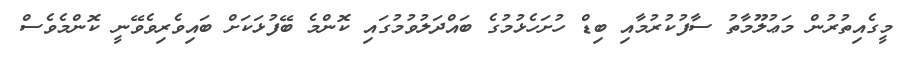
މީގެއިތުރުން މަޢުލޫމާތު ސާފުކުރުމާއި ބިޑް ހުށަހެޅުމުގެ ބައްދަލުވުމުގައި ކޮންމެ ބޭފުޅަކަށް ބައިވެރިވެވޭނީ ކޮންމެވެސް